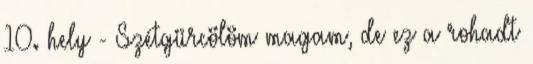
10. hely - Szétgürcölöm magam, de ez a rohadt